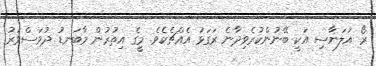
ރޯ އަލަނާސި އަކީ ބޭނުންކުރެވިދާނެ ރަގަޅު އެއްޗެކެވެ. މީގެ އިތުރުން މާބަނޑު ދުވަސްވަރު